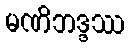
မဏိဘဒ္ဒဿ